Language: tamil
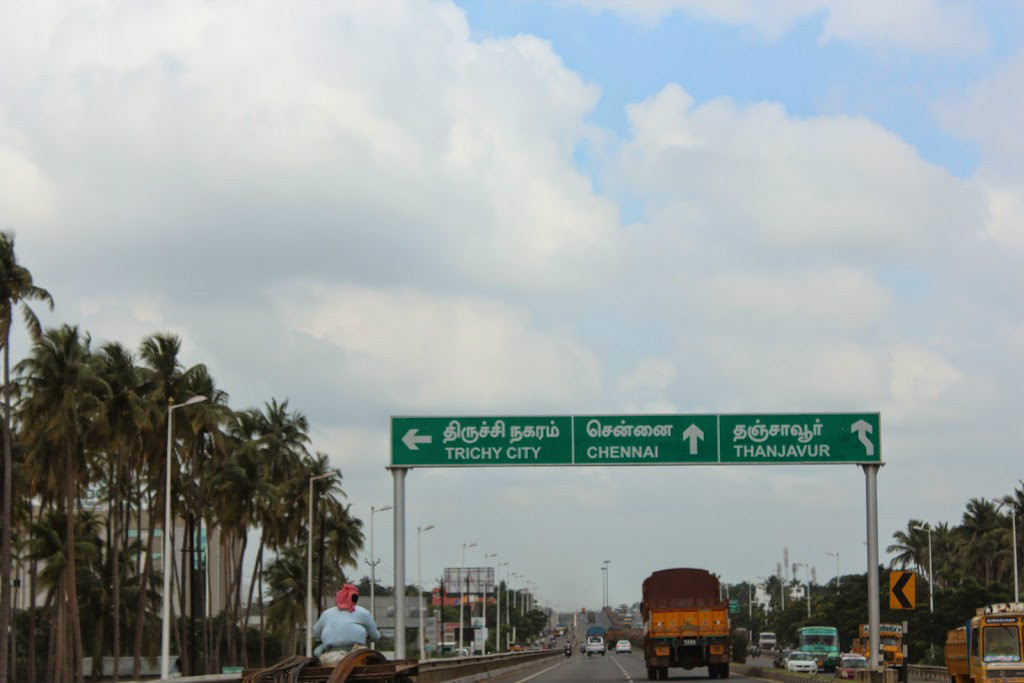
Transcription: சென்னை தஞ்சாவூா் நகரம் திருச்சி